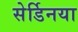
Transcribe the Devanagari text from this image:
सेर्डिनया